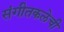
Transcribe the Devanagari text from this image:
संगीतकलेची